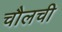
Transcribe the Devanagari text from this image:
चौलची